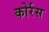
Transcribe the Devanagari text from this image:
कोर्रस